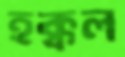
হক্কল